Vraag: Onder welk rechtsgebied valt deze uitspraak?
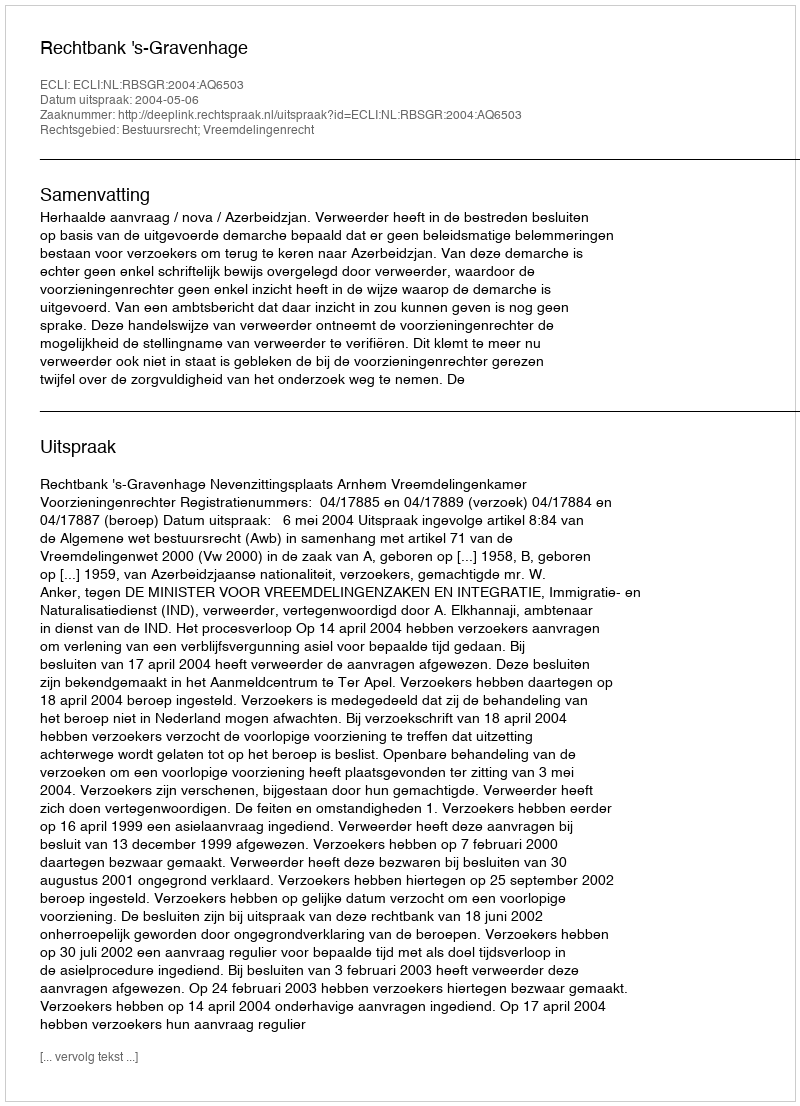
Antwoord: Bestuursrecht; Vreemdelingenrecht